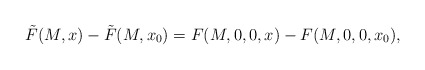
\begin{align*}\tilde F(M,x)-\tilde F(M,x_0)=F(M,0,0,x)-F(M,0,0,x_0),\end{align*}